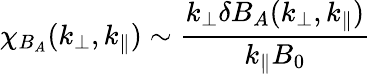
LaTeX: \chi_{B_{A}}(k_{\perp},k_{\parallel})\sim\frac{k_{\perp}\delta B_{A}(k_{\perp},k_{\parallel})}{k_{\parallel}B_{0}}